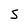
Character: 5